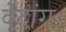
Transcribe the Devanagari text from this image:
वेदांग।